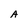
Character: A